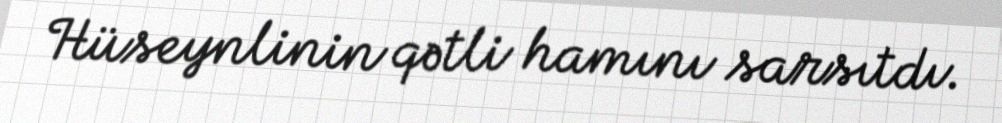
Hüseynlinin qətli hamını sarsıtdı.